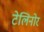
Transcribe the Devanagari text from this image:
टेलिनोर